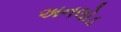
અનલોડ